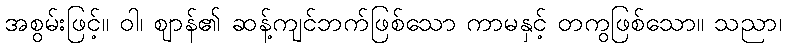
အစွမ်းဖြင့်။ ဝါ၊ ဈာန်၏ ဆန့်ကျင်ဘက်ဖြစ်သော ကာမနှင့် တကွဖြစ်သော။ သညာ၊